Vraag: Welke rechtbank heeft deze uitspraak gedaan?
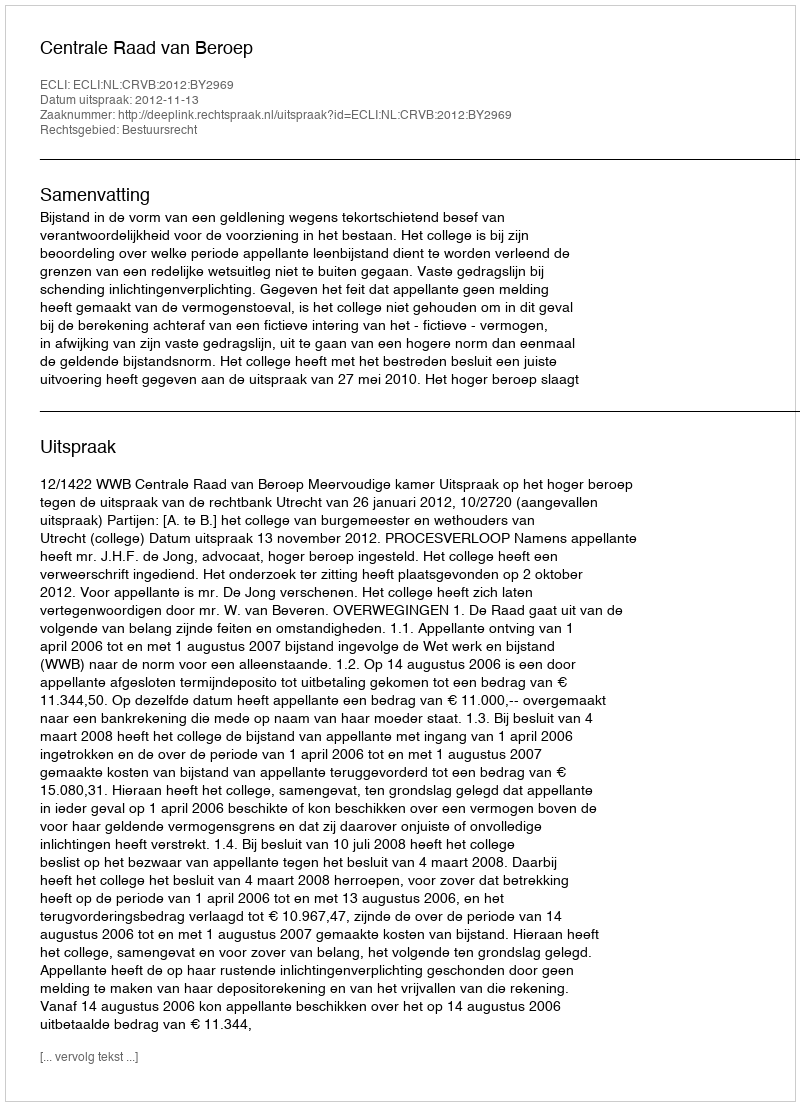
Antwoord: Centrale Raad van Beroep